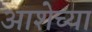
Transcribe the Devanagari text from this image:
आशेच्या